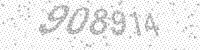
Solution: 908914